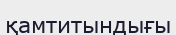
қамтитындығы